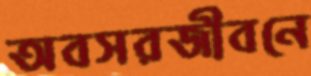
অবসরজীবনে